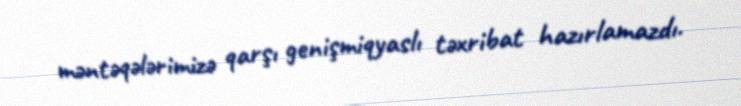
məntəqələrimizə qarşı genişmiqyaslı təxribat hazırlamazdı.